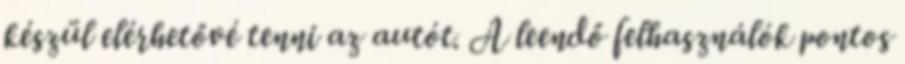
készül elérhetővé tenni az autót. A leendő felhasználók pontos